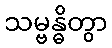
သမ္ဗန္ဓိတွာ